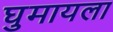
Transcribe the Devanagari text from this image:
घुमायला